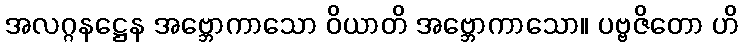
အလဂ္ဂနဋ္ဌေန အဗ္ဘောကာသော ဝိယာတိ အဗ္ဘောကာသော။ ပဗ္ဗဇိတော ဟိ